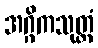
အဂ္ဂိကသုတ္တံ